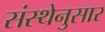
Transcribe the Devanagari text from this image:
संस्थेनुसार